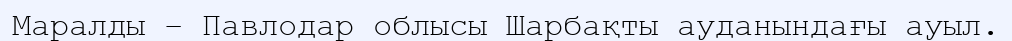
Маралды – Павлодар облысы Шарбақты ауданындағы ауыл.